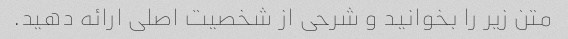
متن زیر را بخوانید و شرحی از شخصیت اصلی ارائه دهید.